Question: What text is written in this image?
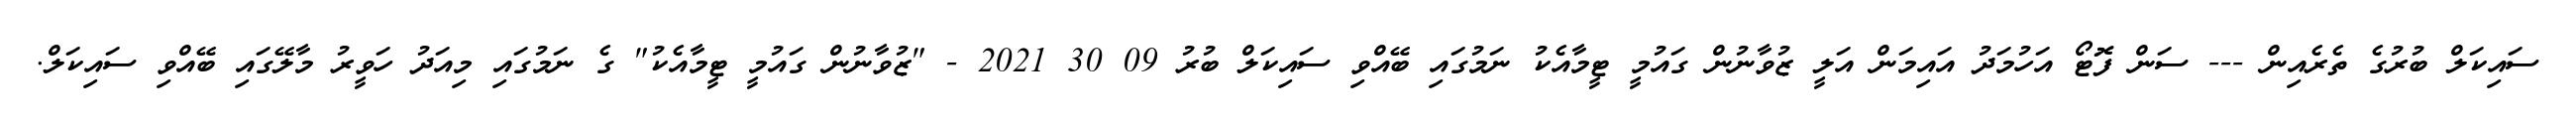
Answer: ސައިކަލް ބުރުގެ ތެރެއިން --- ސަން ފޮޓޯ އަހުމަދު އައިމަން އަލީ ޒުވާނުން ގައުމީ ޓީމާއެކު ނަމުގައި ބޭއްވި ސައިކަލް ބުރު 09 30 2021 - "ޒުވާނުން ގައުމީ ޓީމާއެކު" ގެ ނަމުގައި މިއަދު ހަވީރު މާލޭގައި ބޭއްވި ސައިކަލް.